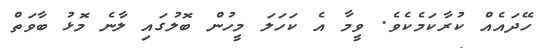
ހޭދައެއް ކުރާކަމެކެވެ. ވީމާ އެ ކަހަލަ މީހުން ބޮލުގައި ލާނެ މޮޅު ބާވަތް